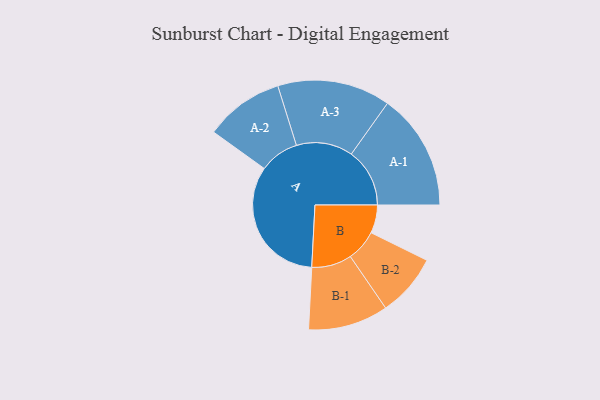
{"axis": {"x": "Segment", "y": "Value"}, "legend": ["", "A", "B"], "data": [{"x": "A", "y": 495, "type": ""}, {"x": "B", "y": 106, "type": ""}, {"x": "A-1", "y": 220, "type": "A"}, {"x": "A-2", "y": 149, "type": "A"}, {"x": "A-3", "y": 213, "type": "A"}, {"x": "B-1", "y": 151, "type": "B"}, {"x": "B-2", "y": 118, "type": "B"}]}